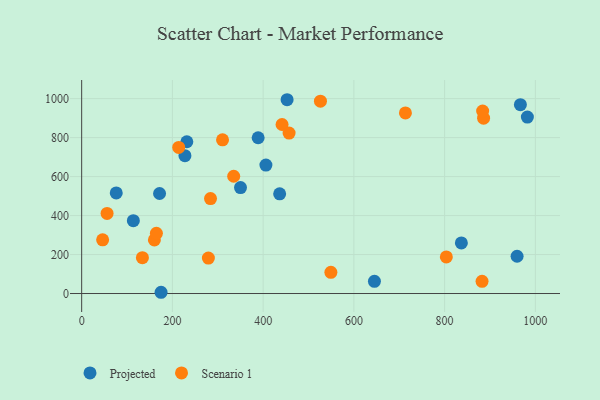
{"axis": {"x": "Distance", "y": "Sales"}, "legend": ["Projected", "Scenario 1"], "data": [{"x": "406.1", "y": 659.2, "type": "Projected"}, {"x": "967.0", "y": 968.9, "type": "Projected"}, {"x": "231.8", "y": 778.6, "type": "Projected"}, {"x": "836.9", "y": 259.4, "type": "Projected"}, {"x": "171.7", "y": 513.3, "type": "Projected"}, {"x": "982.4", "y": 905.4, "type": "Projected"}, {"x": "76.2", "y": 515.9, "type": "Projected"}, {"x": "113.9", "y": 373.5, "type": "Projected"}, {"x": "389.0", "y": 799.3, "type": "Projected"}, {"x": "350.1", "y": 543.7, "type": "Projected"}, {"x": "645.3", "y": 62.4, "type": "Projected"}, {"x": "227.6", "y": 707.4, "type": "Projected"}, {"x": "959.7", "y": 191.3, "type": "Projected"}, {"x": "452.8", "y": 994.3, "type": "Projected"}, {"x": "175.0", "y": 6.4, "type": "Projected"}, {"x": "436.4", "y": 511.7, "type": "Projected"}, {"x": "713.6", "y": 926.7, "type": "Scenario 1"}, {"x": "284.0", "y": 487.2, "type": "Scenario 1"}, {"x": "803.8", "y": 188.0, "type": "Scenario 1"}, {"x": "160.3", "y": 275.1, "type": "Scenario 1"}, {"x": "526.3", "y": 986.7, "type": "Scenario 1"}, {"x": "441.7", "y": 867.2, "type": "Scenario 1"}, {"x": "457.2", "y": 823.4, "type": "Scenario 1"}, {"x": "213.9", "y": 749.8, "type": "Scenario 1"}, {"x": "133.9", "y": 183.7, "type": "Scenario 1"}, {"x": "549.3", "y": 108.5, "type": "Scenario 1"}, {"x": "885.9", "y": 899.5, "type": "Scenario 1"}, {"x": "56.0", "y": 411.0, "type": "Scenario 1"}, {"x": "164.7", "y": 308.7, "type": "Scenario 1"}, {"x": "310.5", "y": 788.4, "type": "Scenario 1"}, {"x": "882.5", "y": 62.5, "type": "Scenario 1"}, {"x": "279.3", "y": 182.0, "type": "Scenario 1"}, {"x": "335.1", "y": 601.7, "type": "Scenario 1"}, {"x": "883.8", "y": 935.9, "type": "Scenario 1"}, {"x": "46.2", "y": 275.3, "type": "Scenario 1"}]}